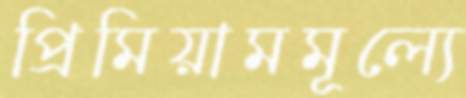
প্রিমিয়ামমূল্যে